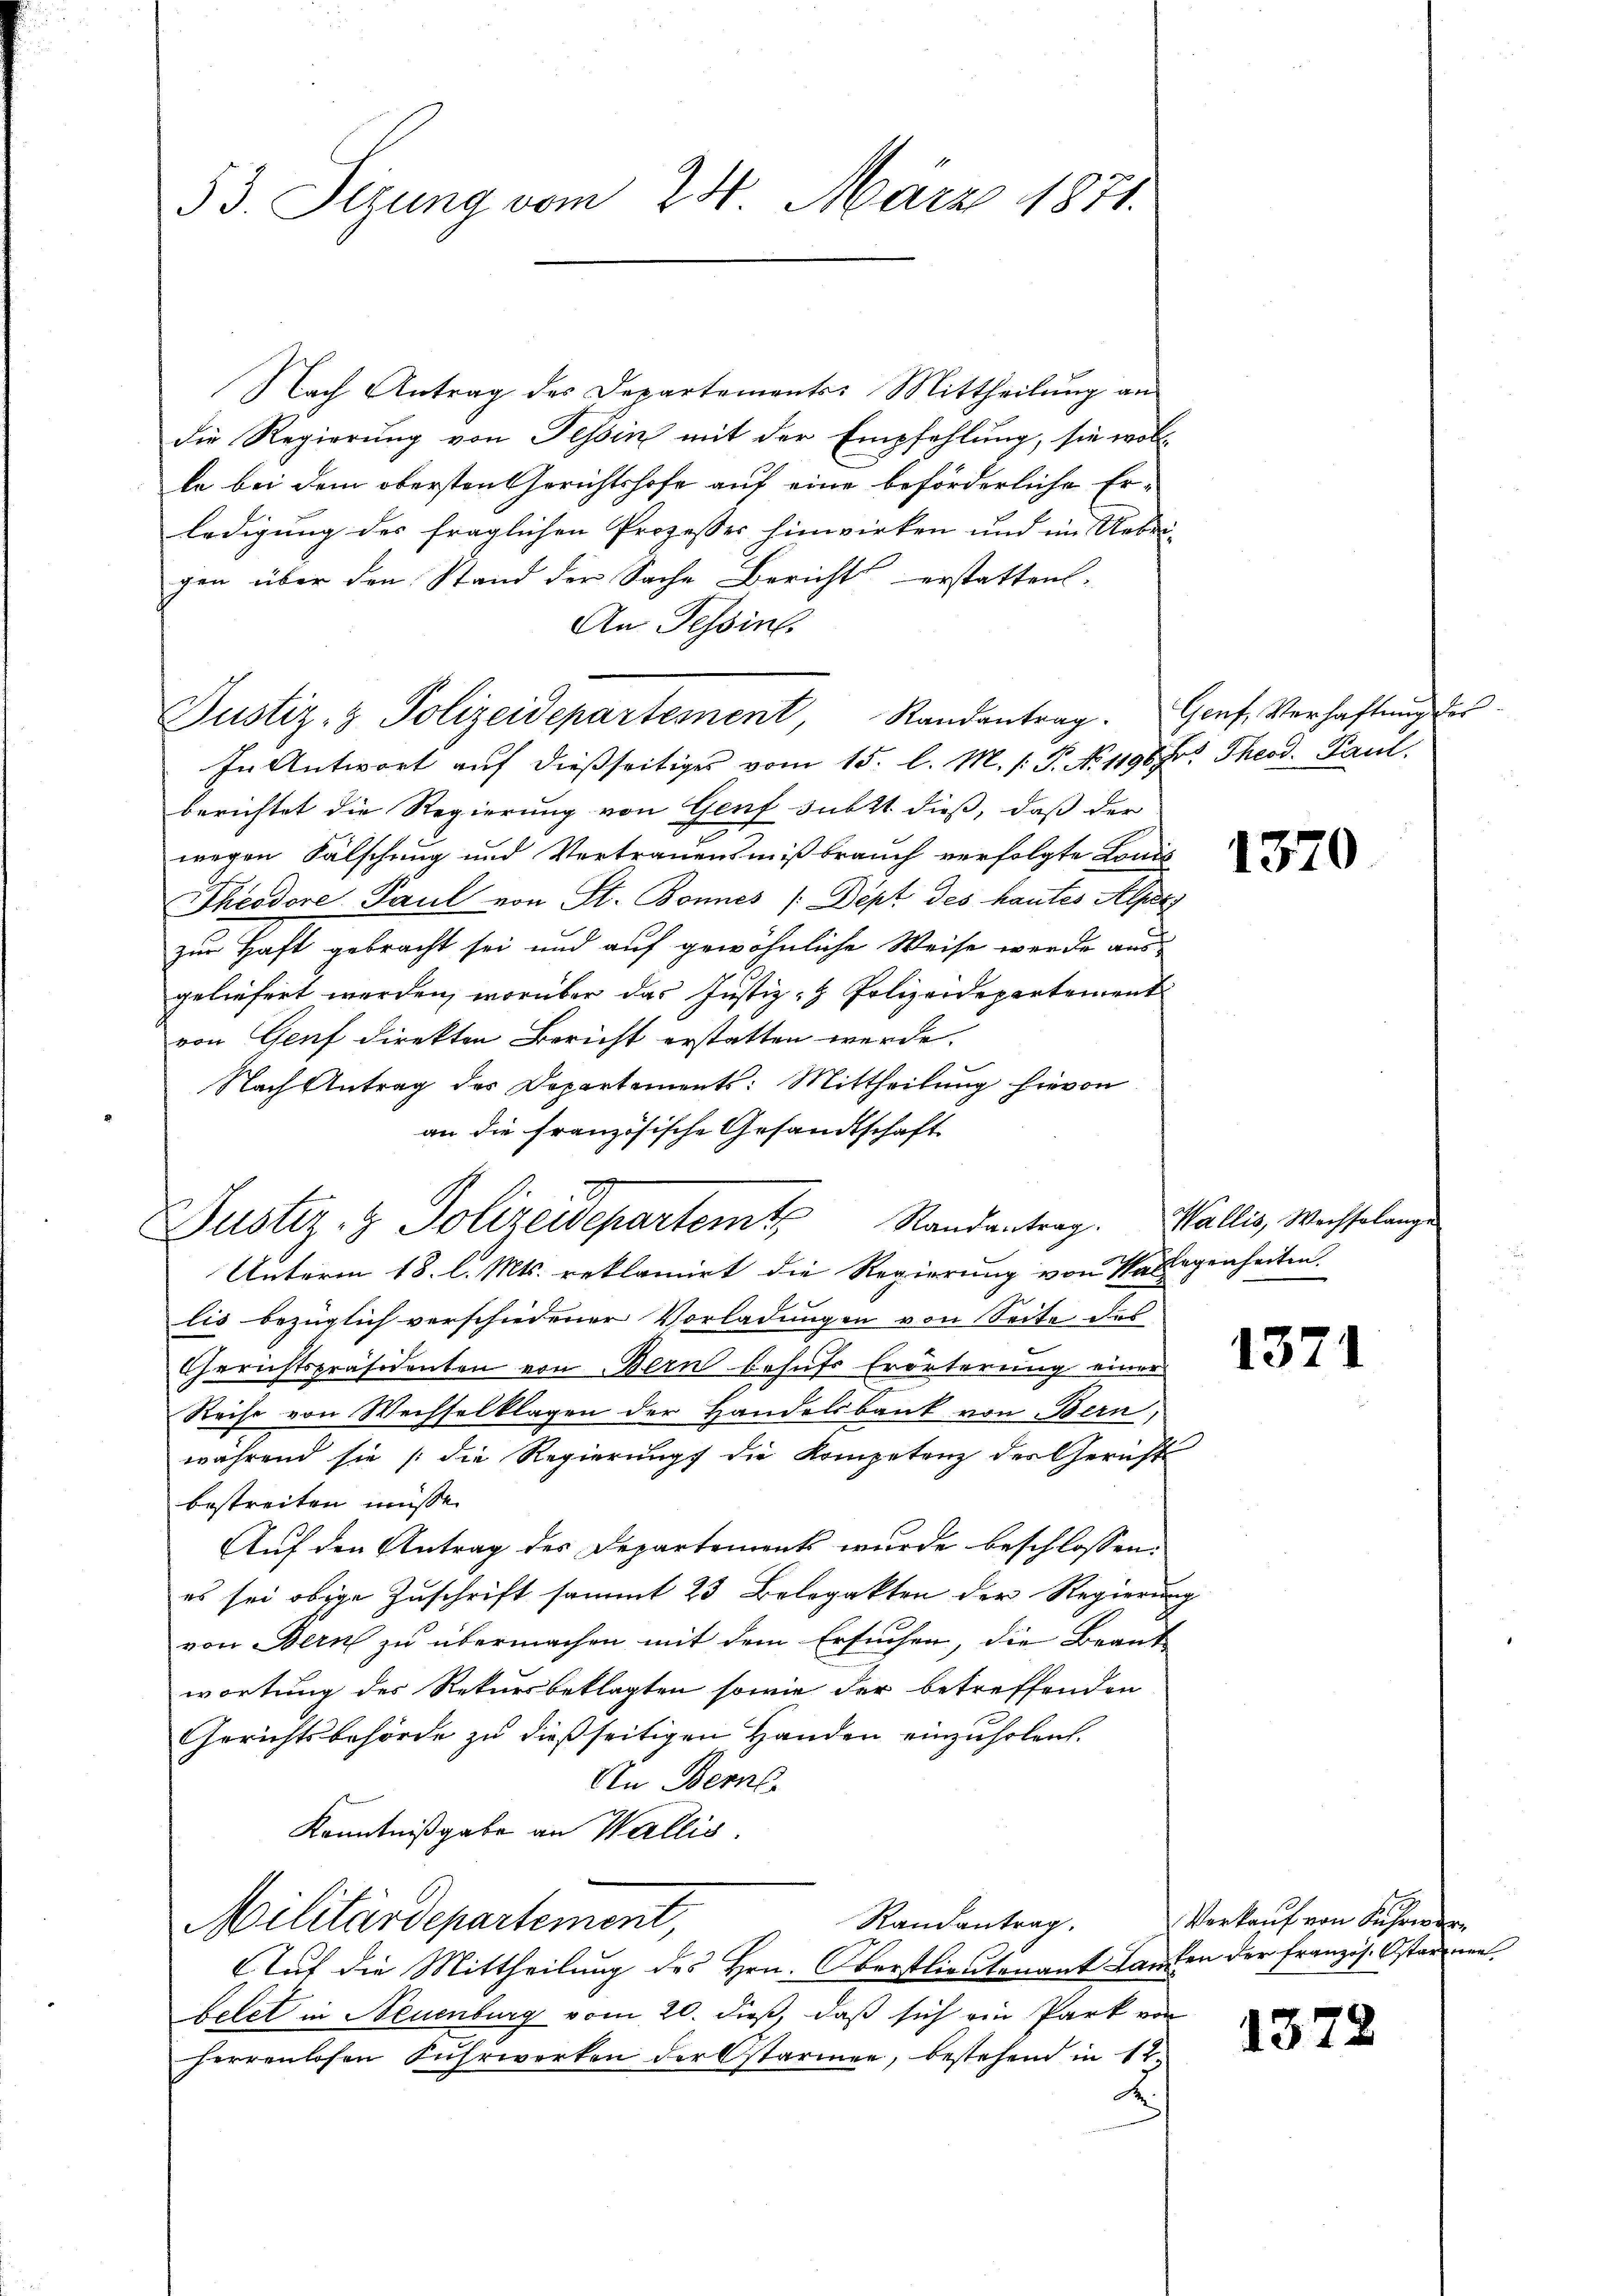
53. Sizung vom 24. März 1871.

Nach Antrag des Departements-Mittheilung an
die Regierung von Tessin mit der Empfehlung, sie wollle bei dem obersten Gerichtshofe auf eine beförderliche Erledigung des fraglichen Prozesser hinwirken und im Uebri-
gen über den Stand der Sache Bericht erstatten.
An Tessin.
Justiz- & Polizeidepartement, Randantrag. Genf, Verhaftŭng des
In Antwort auf dießseitiges vom 15. l. M. /: P. No 1196 Fr. Theod. Paul.
berichtet die Regierung von Genf subst dieß, daß der
wegen Fälschung und Vertrauensmißbrauch verfolgte Lonis
Theodore Paul von St. Bonnes (Bept des hautes Alpen
zur Haft gebracht sei und auf gewöhnliche Weise wurde ausgeliefert werden, worüber das Justiz- & Polizeidepartement
von Genf direkten Bericht erstatten werde.
Nach Antrag des Departements: Mittheilung hievon
an die französische Gesandtschaft
Justiz- & Polizeidepartemt Randantrag. Wallis, Wechselang
Unterm 18. l. Mts. reklamirt die Regierung von Karlegenheiten.
lis bezüglich verschiedener Vorladungen von Seite des
Gerichtspräsidenten von Bern behufs Erörterung einer
Reise von Wechselklagen der Handelsbank von Bern,
während sie (die Regierung die Kompetenz des Gericht
bestreiten müsse.
Auf den Antrag des Departements wurde beschlossen:
es sei obige Zuschrift sammt 23 Belegakten der Regierung
von Bern zu übermachen mit dem Ersuchen, die Beantwortung des Rekursbeklagten sowie der betreffenden
Gerichtsbehörde zu dießseitigen Handen einzuholen.
Un Bern
Kenntnißgabe an Wallis.
Randantrag,
Militärdepartement,
Auf die Mittheilung des Hrn. Oberstlieutenant Landen der französ. Osternen
betet in Neuenburg vom 20. dieß, daß sich ein Park von
herrenlosen Fuhrwerken der Ostarmer, bestehend in 12

1370

1371

Verkauf von Führerer

1372